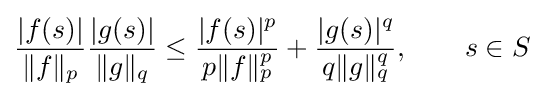
{\frac {|f(s)|}{\|f\|_{p}}}{\frac {|g(s)|}{\|g\|_{q}}}\leq {\frac {|f(s)|^{p}}{p\|f\|_{p}^{p}}}+{\frac {|g(s)|^{q}}{q\|g\|_{q}^{q}}},\qquad s\in S